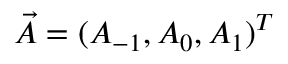
\vec { A } = ( A _ { - 1 } , A _ { 0 } , A _ { 1 } ) ^ { T }